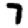
Digit: 7